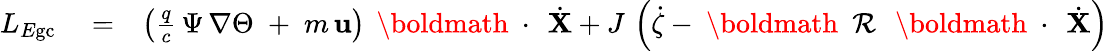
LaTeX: \begin{array}{rlr}{L_{E\mathrm{gc}}}&{{}=}&{\left(\frac{q}{c}\, \Psi\, \nabla\Theta\; +\; m\, {\mathbf u}\right)\, \mathrm{~\boldmath~\cdot~}\, \dot{\mathbf X}+J\, \left(\dot{\zeta}-\mathrm{~\boldmath~\cal~R~}\, \mathrm{~\boldmath~\cdot~}\, \dot{\mathbf X}\right)}\end{array}